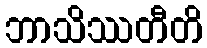
ဘာသိဿတီတိ